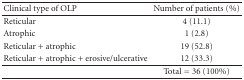
| Clinical type of OLP | Number of patients (%) |
 | --- | --- |
 | Reticular | 4 (11.1) |
 | Atrophic | 1 (2.8) |
 | Reticular + atrophic | 19 (52.8) |
 | Reticular + atrophic + erosive/ulcerative | 12 (33.3) |
 |  | Total = 36 (100%) |